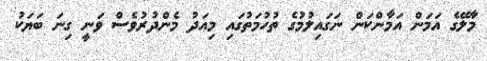
މާލޭގެ އަމަން އަމާންކަން ނަގައިލުމުގެ ތުހުމަތުގައި މިއަދު މެންދުރުވެސް ވަނީ ގިނަ ބަޔަކު